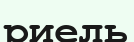
риель